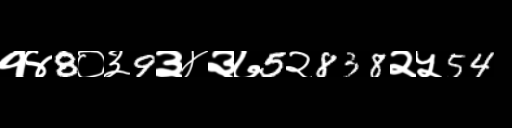
Text: १४8०३9३४३७5२838२५54